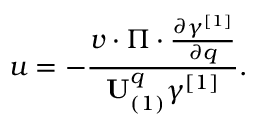
u = - \frac { v \cdot \Pi \cdot \frac { \partial \gamma ^ { [ 1 ] } } { \partial q } } { \mathbf { U } _ { ( 1 ) } ^ { q } \gamma ^ { [ 1 ] } } .